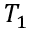
T _ { 1 }